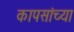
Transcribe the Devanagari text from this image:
कापसांच्या